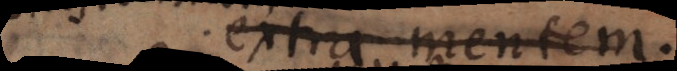
extra mentem.